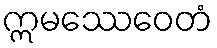
ဣမဿေဝေတံ